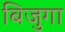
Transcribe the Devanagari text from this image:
बिजुगा